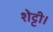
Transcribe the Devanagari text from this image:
शेट्टी।